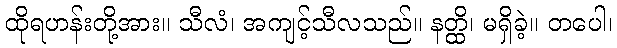
ထိုရဟန်းတို့အား။ သီလံ၊ အကျင့်သီလသည်။ နတ္ထိ၊ မရှိခဲ့။ တပေါ၊